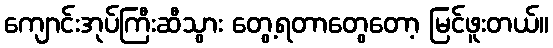
ကျောင်းအုပ်ကြီးဆီသွား တွေ့ရတာတွေတော့ မြင်ဖူးတယ်။